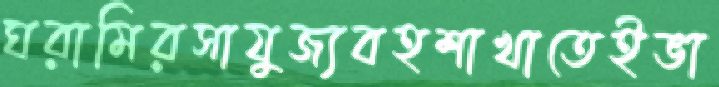
ঘরামিরসাযুজ্যবহশাখাতেইভা